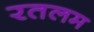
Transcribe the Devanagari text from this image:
रतलम